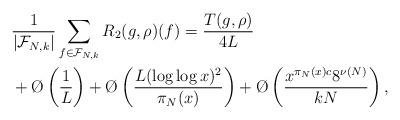
LaTeX: \begin{align*}&\frac{1}{|\mathcal F_{N,k}|} \sum_{f \in \mathcal F_{N,k}} R_2(g,\rho)(f) = \frac{T(g,\rho)}{4 L}\\&+ \O\left(\frac{1}{L}\right) + \O\left(\frac{L(\log \log x)^2}{\pi_N(x)}\right) + \O\left(\frac{x^{\pi_N(x) c} 8^{\nu(N)}}{kN}\right),\end{align*}